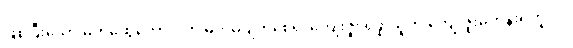
ဖြစ်ပြီးသော မိတ်ဆွေကောင်းကို မိတ်မပျက်စေရ၊ ကျေးဇူး ရှိဖူးသူကို ကျေးဇူးမကန်းရဟူလို။